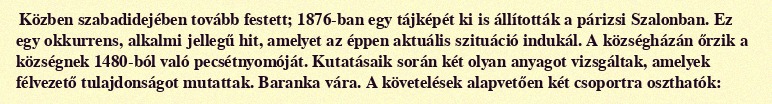
Közben szabadidejében tovább festett; 1876-ban egy tájképét ki is állították a párizsi Szalonban. Ez egy okkurrens, alkalmi jellegű hit, amelyet az éppen aktuális szituáció indukál. A községházán őrzik a községnek 1480-ból való pecsétnyomóját. Kutatásaik során két olyan anyagot vizsgáltak, amelyek félvezető tulajdonságot mutattak. Baranka vára. A követelések alapvetően két csoportra oszthatók: